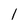
Character: l